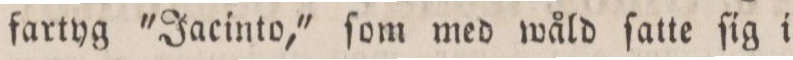
fartyg 'Jacinto,' ſom med wåld ſatte ſig i